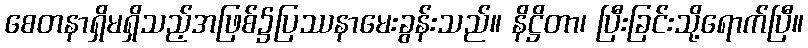
စေတနာရှိမရှိသည့်အဖြစ်၌ပြဿနာမေးခွန်းသည်။ နိဋ္ဌိတာ၊ ပြီးခြင်းသို့ရောက်ပြီ။